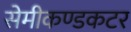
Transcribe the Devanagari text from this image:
सेमीकण्डकटर